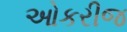
ઓકરીજ